Civil Veterinary Dept. Bombay admin report 1893-99 - 1893-1899
Year: 1893
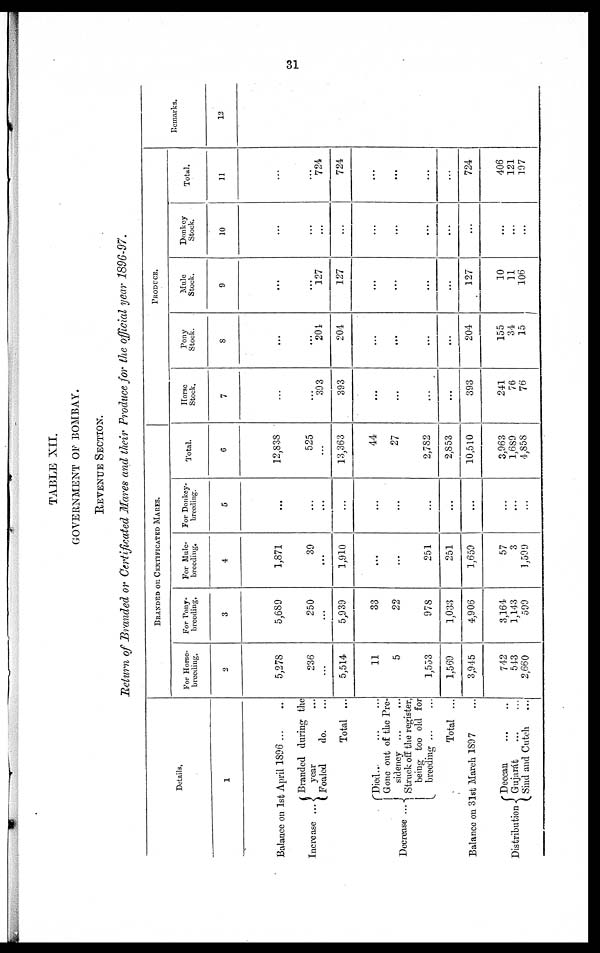
31
TABLE XII.
GOVERNMENT OF BOMBAY.
REVENUE SECTION.
Return of Branded or Certificated Mares and their Produce for the official year 1896-97.
Details.
1
Balance on 1st April 1896 ... ...
Increase ..
Branded during the
year ...
Foaled
do. ...
Total ...
Decrease ..
Died...
...
...
Gone out of the Pre-
sidency ... ...
Struck off the register,
being too old for
breeding ... ...
Total ...
Balance on 31st March 1897 ...
Distribution
Deccan ... ...
Gujarát ... ...
Sind and Cutch ...
BRANDED OR CERTIFICATED MARKS.
For Horse-
breeding.
2
5,278
236
...
5,514
11
5
1,553
1,569
3,945
742
543
2,660
For Pony-
breeding.
3
5,689
250
...
5,939
33
22
978
1,033
4,906
3,164
1,143
599
For Mule-
breeding.
4
1,871
39
...
1,910
...
...
251
251
1,659
57
3
1,599
For Donkey-
breeding.
5
...
...
...
...
...
...
...
...
...
...
...
...
Total
6
12,838
525
...
13,363
44
27
2,782
2,853
10,510
3,963
1,689
4,858
PRODUCE.
Horse
Stock.
7
...
...
393
393
...
...
...
...
393
241
76
76
Pony
Stock.
8
...
...
204
204
...
...
...
...
204
155
34
15
Mule
Stock.
9
...
...
127
127
...
...
...
...
127
10
11
106
Donkey
Stock.
10
...
...
...
...
...
...
...
...
...
...
...
...
Total.
11
...
...
724
724
...
...
...
...
724
406
121
197
Remarks.
12
...